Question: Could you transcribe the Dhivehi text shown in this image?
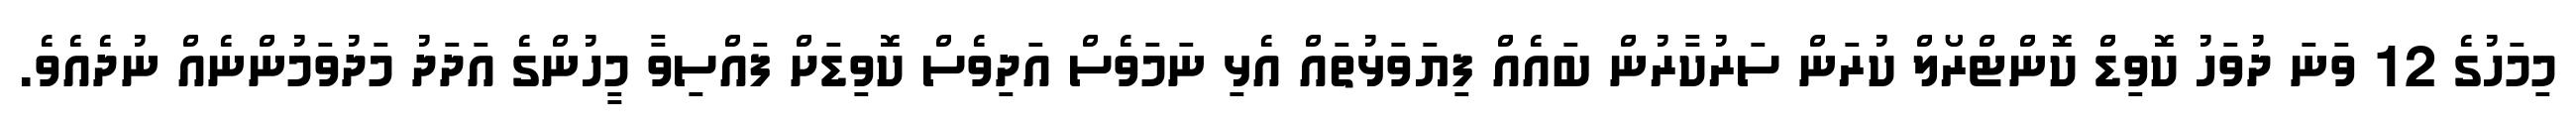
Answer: މިމަހުގެ 12 ވަނަ ދުވަހު ކޮވިޑް ކޮންޓްރޯލް ކުރަން ސަރުކާރުން ބައެއް ފިޔަވަޅުތައް އެޅި ނަމަވެސް އަދިވެސް ކޮވިޑަށް ފައްސިވާ މީހުންގެ އަދަދު މަދުވަމުންނެއް ނުދެއެވެ.